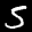
Label: 5